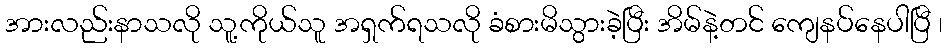
အားလည်းနာသလို သူ့ကိုယ်သူ အရှက်ရသလို ခံစားမိသွားခဲ့ပြီး အိမ်နဲ့တင် ကျေနပ်နေပါပြီ ၊